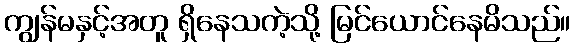
ကျွန်မနှင့်အတူ ရှိနေသကဲ့သို့ မြင်ယောင်နေမိသည်။